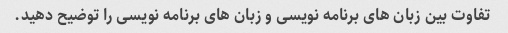
تفاوت بین زبان های برنامه نویسی و زبان های برنامه نویسی را توضیح دهید.